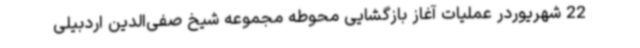
22 شهریوردر عملیات آغاز بازگشایی محوطه مجموعه شیخ صفی‌الدین اردبیلی